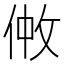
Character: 𠉿